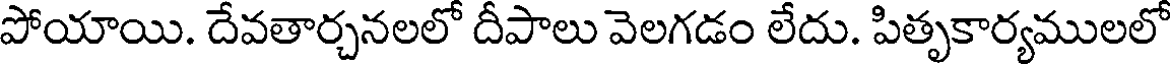
పోయాయి. దేవతార్చనలలో దీపాలు వెలగడం లేదు. పితృకార్యములలో